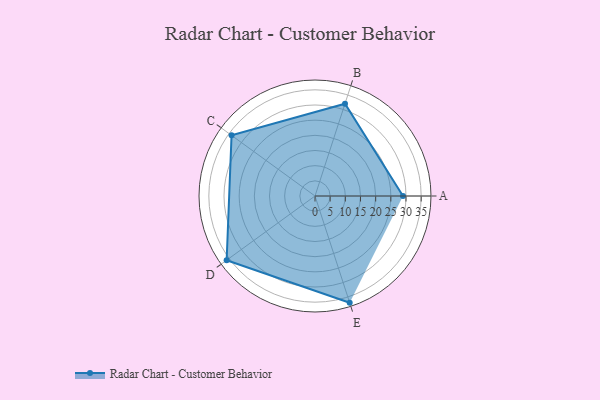
{"axis": {"x": "Skill", "y": "Score"}, "legend": ["Profile"], "data": [{"x": "A", "y": 29.0, "type": "Profile"}, {"x": "B", "y": 32.0, "type": "Profile"}, {"x": "C", "y": 34.0, "type": "Profile"}, {"x": "D", "y": 36.0, "type": "Profile"}, {"x": "E", "y": 37.0, "type": "Profile"}]}